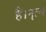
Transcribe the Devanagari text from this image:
हैं।नॄत्य